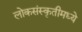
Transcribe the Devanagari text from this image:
लोकसंस्कृतीमध्ये